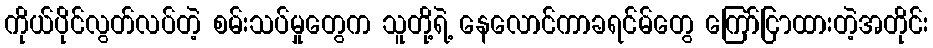
ကိုယ်ပိုင်လွတ်လပ်တဲ့ စမ်းသပ်မှုတွေက သူတို့ရဲ့ နေလောင်ကာခရင်မ်တွေ ကြော်ငြာထားတဲ့အတိုင်း